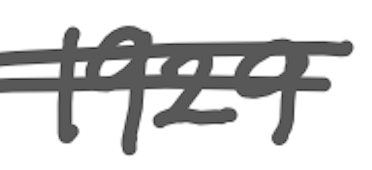
Text: 1929
Cross-out: double-line
Writing tool: digital_gray